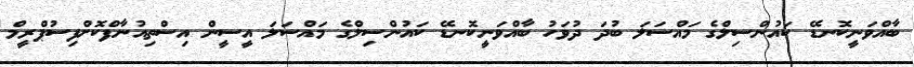
ބާއްވަނީކޮނޑޭ ކައުންސިލްގެ މައްސަލަ ބުދަ ދުވަހު ބާއްވަނީކޮނޑޭ ކައުންސިލްގެ މައްސަލަ އީސީން އިސްތިއުނާފްކޮށްފިސުޕްރީމް